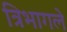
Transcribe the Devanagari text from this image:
त्रिभागले